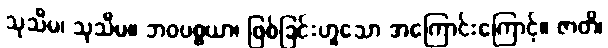
သုသီမ၊ သုသီမ။ ဘဝပစ္စယာ၊ ဖြစ်ခြင်းဟူသော အကြောင်းကြောင့်။ ဇာတိ၊